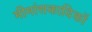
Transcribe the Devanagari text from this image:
मीमांसकादिकों